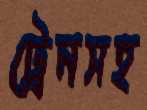
ট্রেনসহ